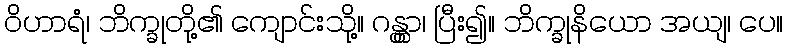
ဝိဟာရံ၊ ဘိက္ခုတို့၏ ကျောင်းသို့။ ဂန္တွာ၊ ပြီး၍။ ဘိက္ခုနိယော အယျ၊ ပေ။